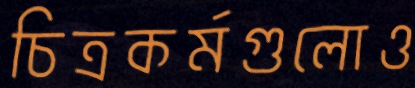
চিত্রকর্মগুলোও